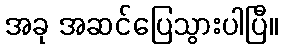
အခု အဆင်ပြေသွားပါပြီ။